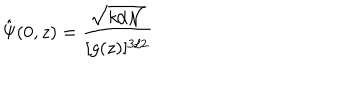
\hat { \Psi } ( 0 , z ) = \frac { \sqrt { k / { \mathcal { N } } } } { [ g ( z ) ] ^ { 3 / 2 } }